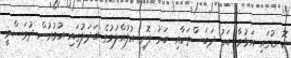
ކޮނޑުގައި އަޅުވާ ބަރު ދަބަސްތަކާއި ބަރު ފޮށި އުފުއްލުމުގެ ބަދަލުގައި އުމުރުން ދުވަސްވީ